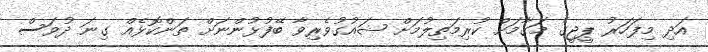
އަދި މިފަހަރު ޕީޖީގެ މަގާމަށް ކުރިމަތިލުމަށް ޝައުގުވެރިވާ ބޭފުޅުންނަށް ތަންކޮޅެއް ގިނަ ދުވަސް